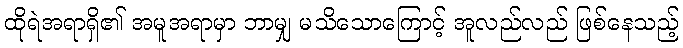
ထိုရဲအရာရှိ၏ အမူအရာမှာ ဘာမျှ မသိသောကြောင့် အူလည်လည် ဖြစ်နေသည့်